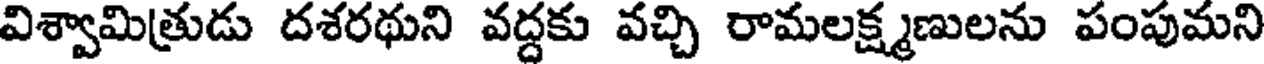
విశ్వామిత్రుడు దశరథుని వద్దకు వచ్చి రామలక్ష్మణులను పంపుమని